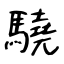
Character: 驍